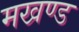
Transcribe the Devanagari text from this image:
मखण्ड